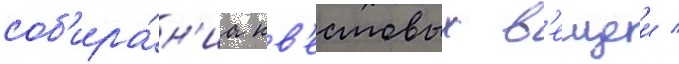
соб'ира́н'иа кв'естовых в'ещеи /